Civil Veterinary Department Bengal reports 1923-33 - 1923-1933
Year: 1923
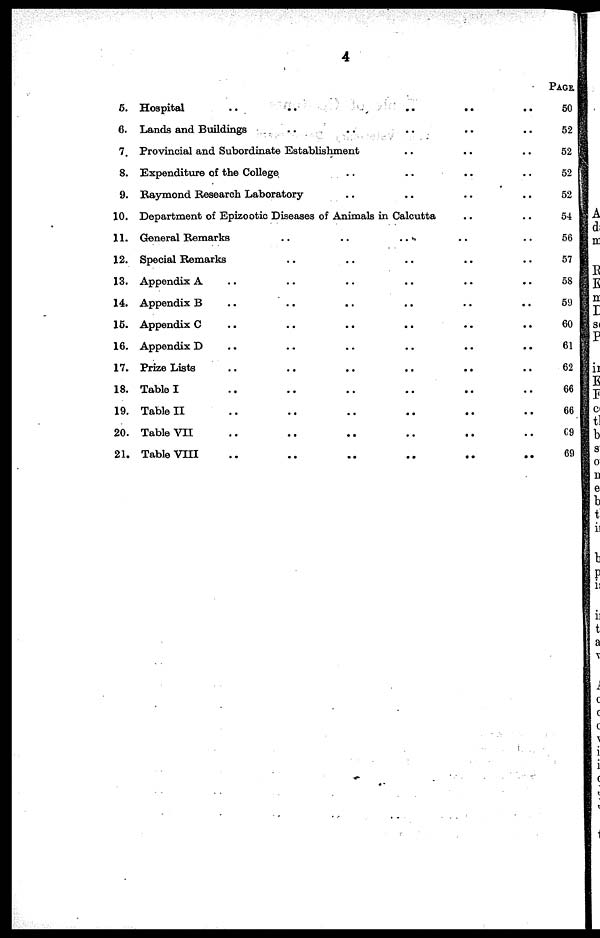
4
5.
C.
7.
8.
9.
10.
11.
12.
13.
14.
16.
16.
17.
18.
19.
20.
21.
Hospital ..
Lands and Buildings
..
..
..
Provincial and Subordinate Establishment
Expenditure of the College
Raymond Research Laboratory
..
..
..
..
..
..
..
Department of Epizootic Diseases of Animals in Calcutta
General Remarks
Special Remarks
Appendix A ..
Appendix B ..
Appendix C ..
Appendix D ..
Prize Lists ..
Table I ..
Table II ..
Table VII ..
Table VIII ..
..
..
..
..
..
..
..
..
..
..
..
..
..
..
..
..
..
..
..
..
..
..
..
..
..
..
..
..
..
..
..
..
..
..
..
..
..
..
..
..
..
..
..
..
..
..
..
..
..
..
..
..
..
..
..
..
..
..
..
..
..
..
..
..
..
..
..
PAGE.
50
52
52
52
52
54
56
57
58
59
60
61
62
66
66
69
69